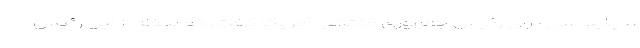
و چاپلوسی برای رئیس جمهوری منتخب آمریکا گفت، دو لحظه از این رئیس